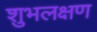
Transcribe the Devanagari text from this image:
शुभलक्षण